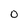
Character: 0